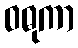
ဝဓုကာ